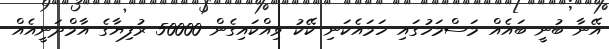
އޭނާ ބުނީ ބައެއް މަސްމަހުގައި ހަމައެކަނި ކޭކު ވިއްކައިގެން 50000 ރުފިޔާގެ އާމްދަނީއެއް